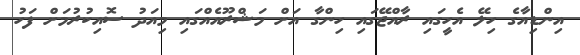
އިންޑިއާގެ ހިލޭ އެހީގައި ރާއްޖޭގައި ހިންގާ އަށް މަޝްރޫއެއްގައި މިއަދު ސޮއިކުރުމަށް ފަހު